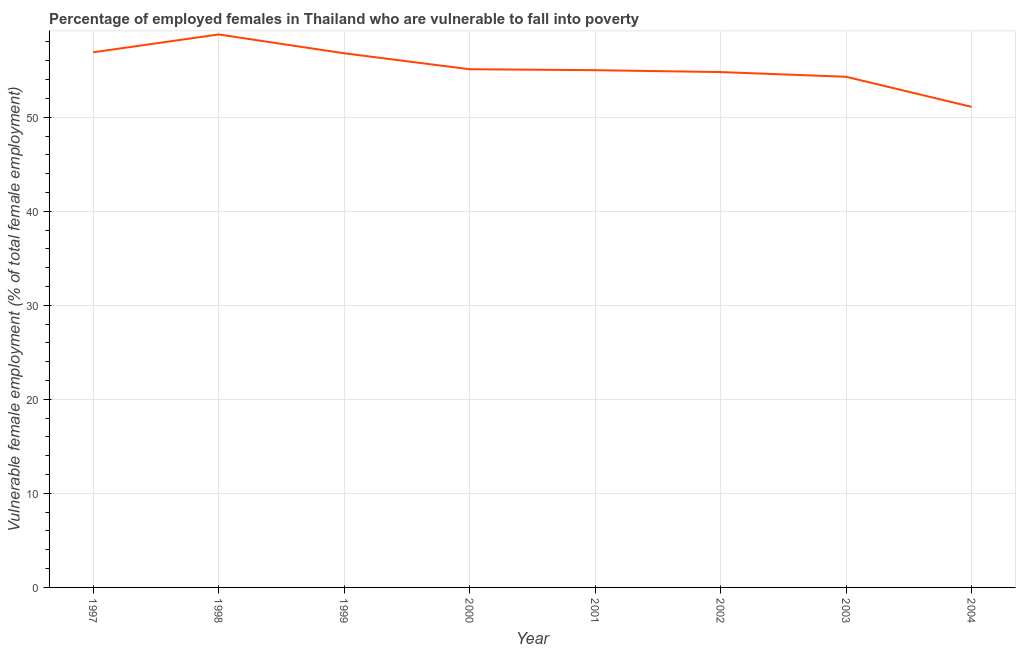
| Year | Percentage of employed females who are vulnerable to fall into poverty |
 | --- | --- |
 | 1997 | 56.9 |
 | 1998 | 58.8 |
 | 1999 | 56.8 |
 | 2000 | 55.1 |
 | 2001 | 55 |
 | 2002 | 54.8 |
 | 2003 | 54.3 |
 | 2004 | 51.1 |